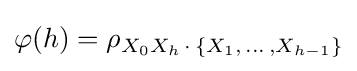
\varphi (h)=\rho _{X_{0}X_{h}\,\cdot \,\{X_{1},\,\dots \,,X_{h-1}\}}